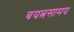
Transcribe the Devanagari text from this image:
बयत्नसामय